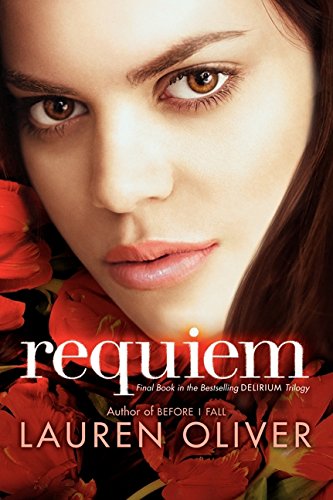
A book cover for Requiem (Delirium Trilogy); Lauren Oliver; Teen & Young Adult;